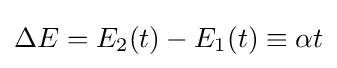
\Delta E=E_{2}(t)-E_{1}(t)\equiv \alpha t